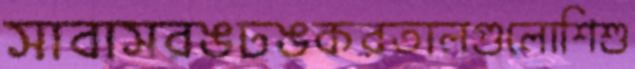
সাবাসরঙঢঙকরতালগুলোশিশু